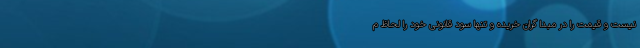
نیست و قیمت را در مبدا گران خریده و تنها سود قانونی خود را لحاظ م